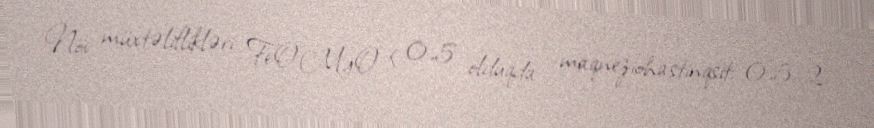
Növ müxtəliflikləri FeO:MgO < 0,5 olduqda – maqneziohastinqsit; 0,5–2 –